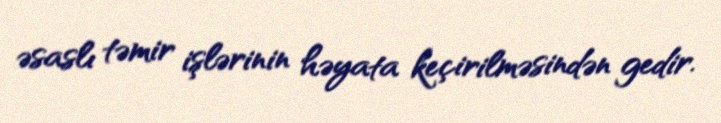
əsaslı təmir işlərinin həyata keçirilməsindən gedir.